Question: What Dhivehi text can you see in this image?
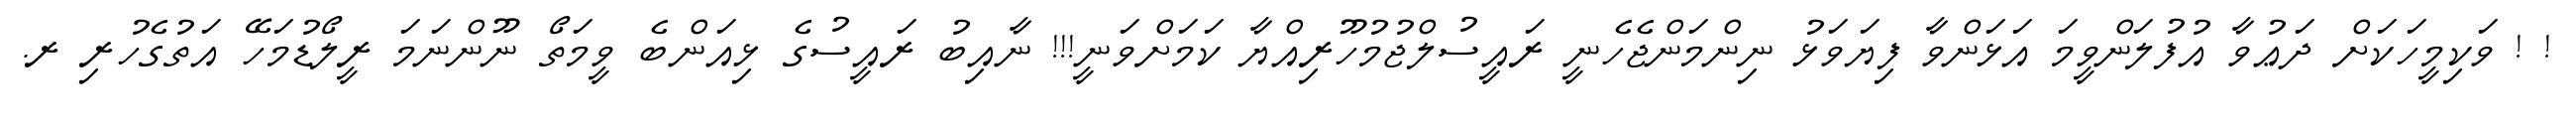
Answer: ! ! ވަކިމީހަކަށް ދަޢުވާ އުފުލަންވީމަ އަޅަންވާ ފިޔަވަޅު ނިންމަންޖެހެނީ ރައީސުލްޖުމުހޫރިއްޔާ ކަމަށްވަނީ!!! ނާއިބު ރައީސުގެ ޅިއަންބެ ވީމަތޯ ނޫންނަމަ ރީލޯޑުމަހޭ އަތުގެހުރި ރ.